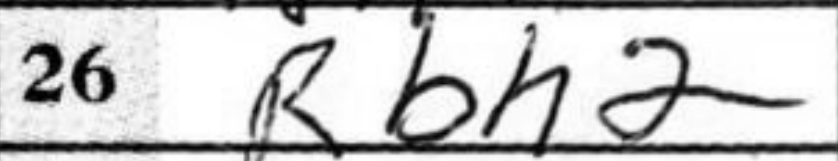
Transcription: Rbh2